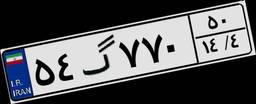
۵۴گ۷۷۰۵۰